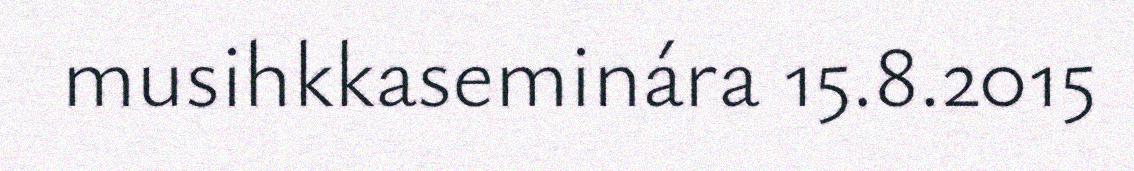
musihkkaseminára 15.8.2015